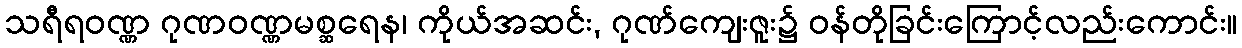
သရီရဝဏ္ဏ ဂုဏဝဏ္ဏမစ္ဆရေန၊ ကိုယ်အဆင်း, ဂုဏ်ကျေးဇူး၌ ဝန်တိုခြင်းကြောင့်လည်းကောင်း။